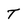
Character: T